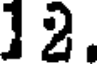
12.